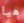
هيا